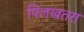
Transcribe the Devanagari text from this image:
पिलखतरा